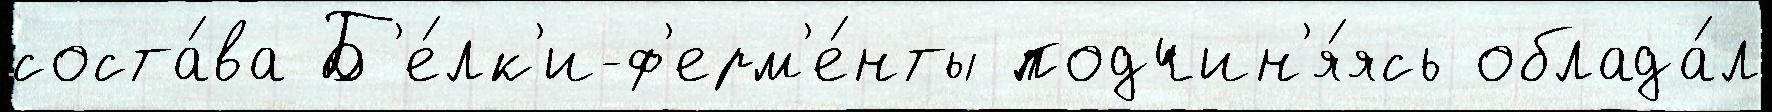
соста́ва Б'е́лк'и-ф'ерм'е́нты подчин'я́ясь облада́л